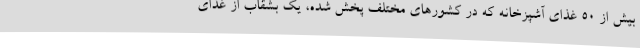
بیش از ۵۰ غذای آشپزخانه که در کشورهای مختلف پخش شده، یک بشقاب از غذای